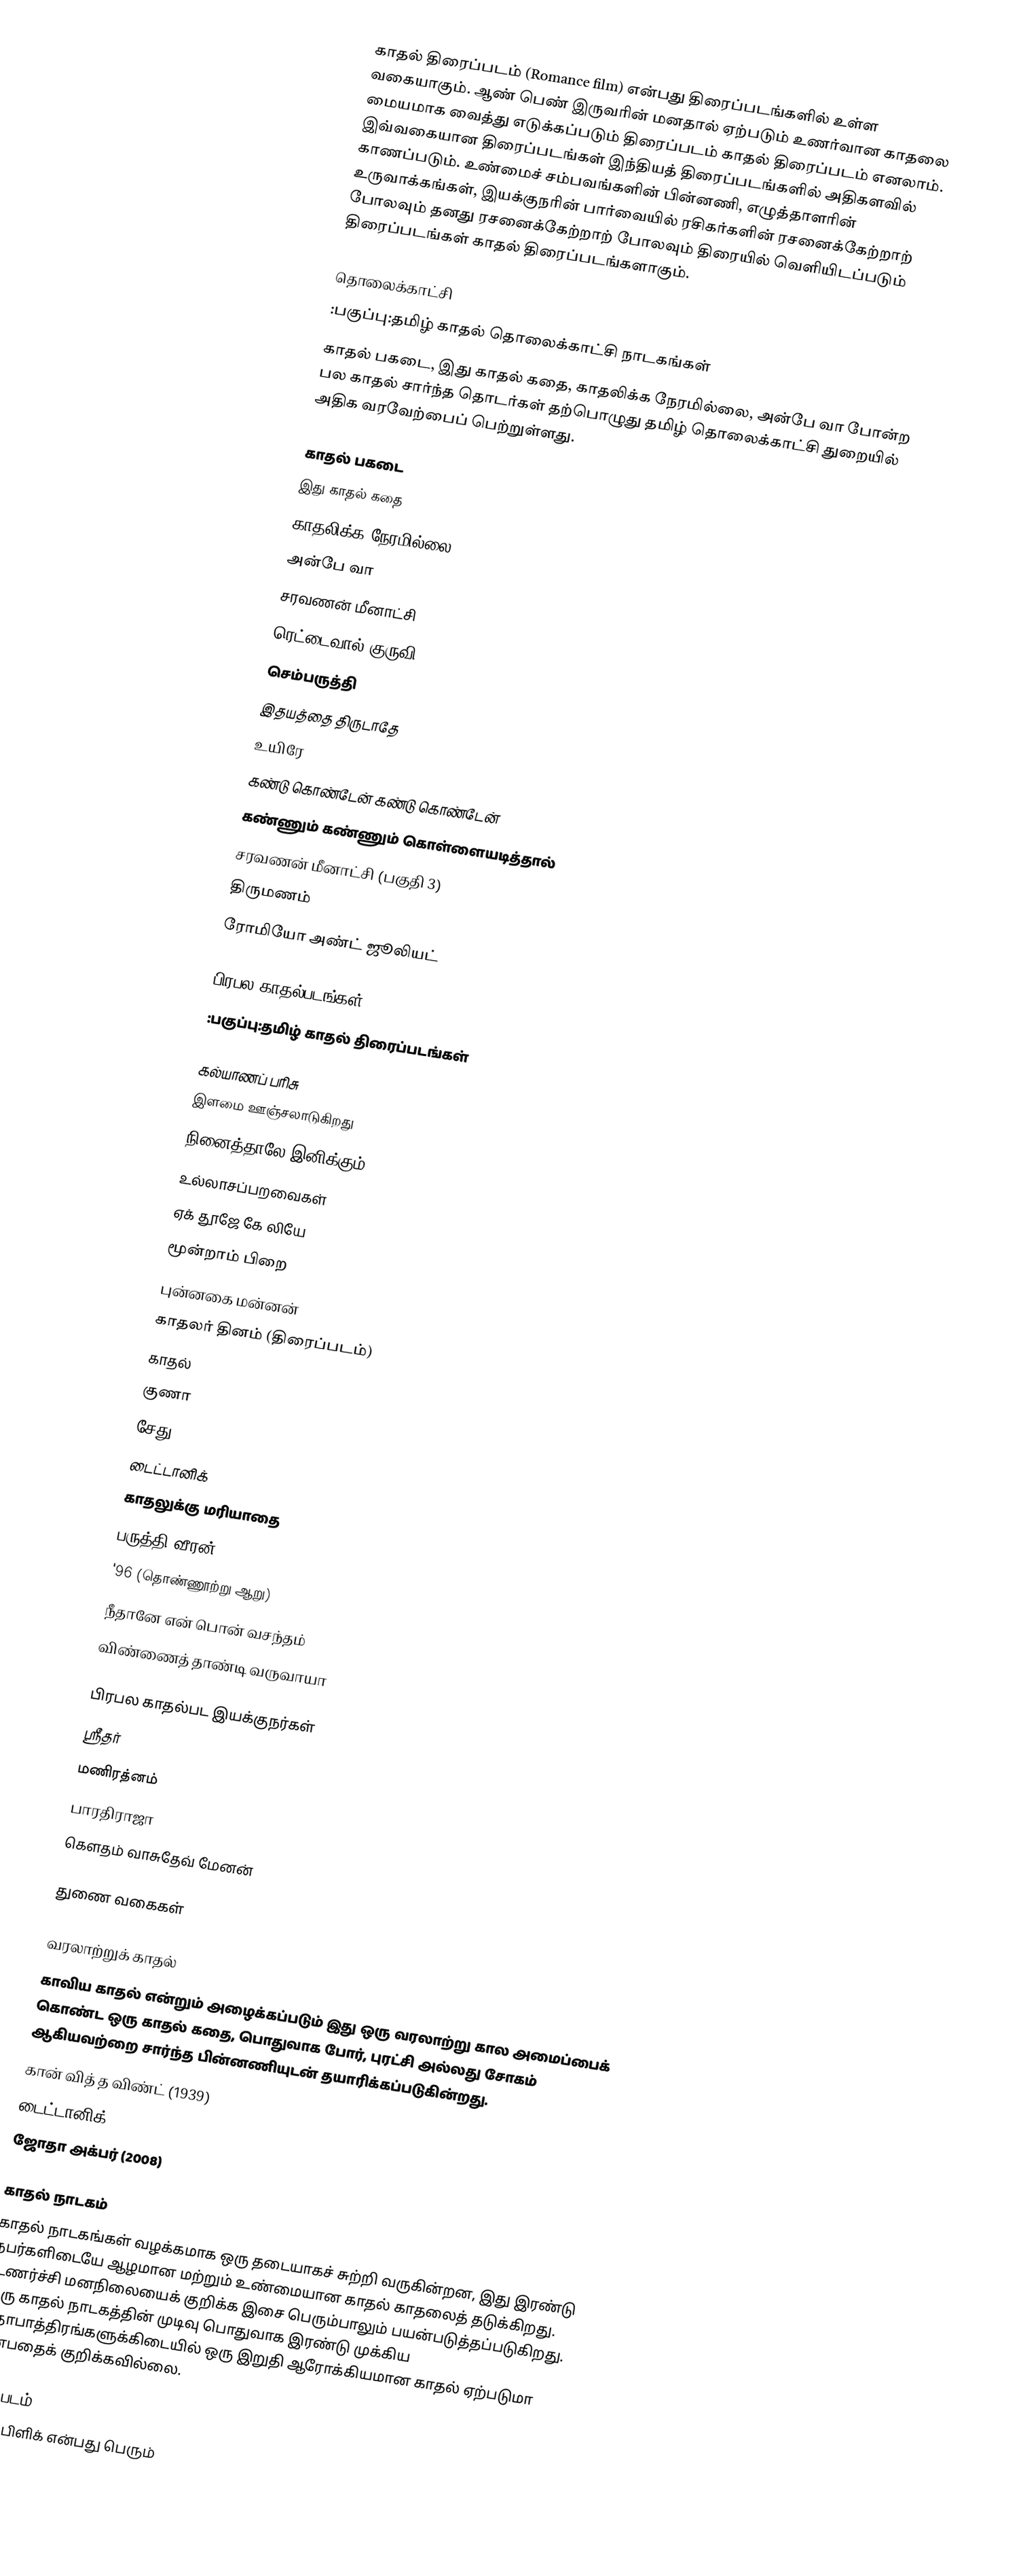
காதல் திரைப்படம் (Romance film) என்பது திரைப்படங்களில் உள்ள வகையாகும். ஆண் பெண் இருவரின் மனதால் ஏற்படும் உணர்வான காதலை மையமாக வைத்து எடுக்கப்படும் திரைப்படம் காதல் திரைப்படம் எனலாம். இவ்வகையான திரைப்படங்கள் இந்தியத் திரைப்படங்களில் அதிகளவில் காணப்படும். உண்மைச் சம்பவங்களின் பின்னணி, எழுத்தாளரின் உருவாக்கங்கள், இயக்குநரின் பார்வையில் ரசிகர்களின் ரசனைக்கேற்றாற் போலவும் தனது ரசனைக்கேற்றாற் போலவும் திரையில் வெளியிடப்படும் திரைப்படங்கள் காதல் திரைப்படங்களாகும்.

தொலைக்காட்சி
 :பகுப்பு:தமிழ் காதல் தொலைக்காட்சி நாடகங்கள்
காதல் பகடை, இது காதல் கதை, காதலிக்க நேரமில்லை, அன்பே வா போன்ற பல காதல் சார்ந்த தொடர்கள் தற்பொழுது தமிழ் தொலைக்காட்சி துறையில் அதிக வரவேற்பைப் பெற்றுள்ளது.

 காதல் பகடை
 இது காதல் கதை
 காதலிக்க நேரமில்லை
 அன்பே வா
 சரவணன் மீனாட்சி
 ரெட்டைவால் குருவி
 செம்பருத்தி
 இதயத்தை திருடாதே
 உயிரே
 கண்டு கொண்டேன் கண்டு கொண்டேன்
 கண்ணும் கண்ணும் கொள்ளையடித்தால்
 சரவணன் மீனாட்சி (பகுதி 3)
 திருமணம்
 ரோமியோ அண்ட் ஜூலியட்

பிரபல காதல்படங்கள்
 :பகுப்பு:தமிழ் காதல் திரைப்படங்கள்

கல்யாணப் பரிசு
இளமை ஊஞ்சலாடுகிறது
நினைத்தாலே இனிக்கும்
உல்லாசப்பறவைகள்
ஏக் தூஜே கே லியே
மூன்றாம் பிறை
புன்னகை மன்னன்
காதலர் தினம் (திரைப்படம்)
காதல்
குணா
சேது
டைட்டானிக்
காதலுக்கு மரியாதை
பருத்தி வீரன்
'96 (தொண்ணூற்று ஆறு)
நீதானே என் பொன் வசந்தம்
விண்ணைத் தாண்டி வருவாயா

பிரபல காதல்பட இயக்குநர்கள்
 ஸ்ரீதர்
 மணிரத்னம்
 பாரதிராஜா
 கௌதம் வாசுதேவ் மேனன்

துணை வகைகள்

வரலாற்றுக் காதல்
காவிய காதல் என்றும் அழைக்கப்படும் இது ஒரு வரலாற்று கால அமைப்பைக் கொண்ட ஒரு காதல் கதை, பொதுவாக போர், புரட்சி அல்லது சோகம் ஆகியவற்றை சார்ந்த பின்னணியுடன் தயாரிக்கப்படுகின்றது.
 கான் வித் த விண்ட் (1939)
 டைட்டானிக் (1971)
 ஜோதா அக்பர் (2008)

காதல் நாடகம்
காதல் நாடகங்கள் வழக்கமாக ஒரு தடையாகச் சுற்றி வருகின்றன, இது இரண்டு நபர்களிடையே ஆழமான மற்றும் உண்மையான காதல் காதலைத் தடுக்கிறது. உணர்ச்சி மனநிலையைக் குறிக்க இசை பெரும்பாலும் பயன்படுத்தப்படுகிறது. ஒரு காதல் நாடகத்தின் முடிவு பொதுவாக இரண்டு முக்கிய கதாபாத்திரங்களுக்கிடையில் ஒரு இறுதி ஆரோக்கியமான காதல் ஏற்படுமா என்பதைக் குறிக்கவில்லை.

சிக் படம்
சிக் ஃபிளிக் என்பது பெரும்